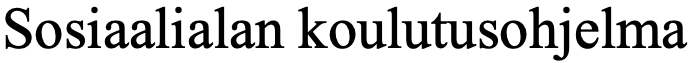
Sosiaalialan koulutusohjelma